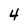
Character: 4